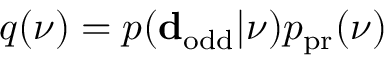
q ( \ensuremath { \boldsymbol \nu } ) = p ( \ensuremath { \mathbf d _ { \mathrm { o d d } } } | \ensuremath { \boldsymbol \nu } ) p _ { \mathrm { p r } } ( \ensuremath { \boldsymbol \nu } )